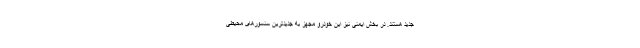
جدید هستند. در بخش ایمنی نیز این خودرو مجهز به جدیدترین سنسورهای محیطی